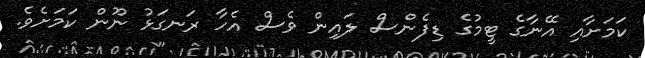
ކަމަށާއި އޭނާގެ ޓީމުގެ ޑިފެންސް ލައިން ވެސް އެހާ ރަނގަޅު ނޫން ކަމަށެވެ.